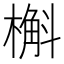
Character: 槲